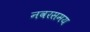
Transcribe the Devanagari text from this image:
नवरसमय